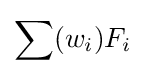
\sum (w_{i})F_{i}